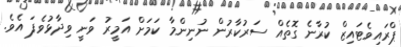
ޕްރައިވެޓައިޒް ކުރާނެ ގޮތެއް ސަރުކާރުން ނުނިންމާ ކަމަށް އަމީރު ވަނީ ވިދާޅުވެފަ އެވެ.